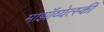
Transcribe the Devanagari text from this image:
माझॉव्येत्स्की